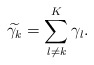
\begin{align*}\widetilde{\gamma_k} = \sum_{l \neq k}^K \gamma_l.\end{align*}